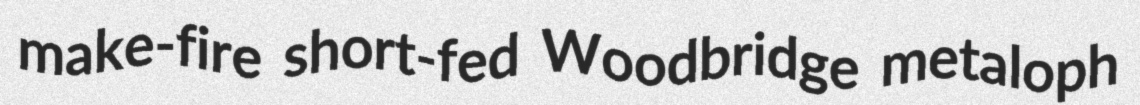
make-fire short-fed Woodbridge metaloph